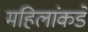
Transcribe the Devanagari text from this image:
महिलांकडे